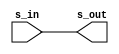
module ddr3_s4_amphy_phy_alt_mem_phy_delay (
    s_in,
    s_out
);
parameter WIDTH                        =  1;
parameter DELAY_PS                     =  10;
input  wire [WIDTH - 1 : 0]            s_in;
output reg  [WIDTH - 1 : 0]            s_out;
wire [WIDTH - 1 : 0] delayed_s_in;
assign #(DELAY_PS) delayed_s_in = s_in;
always @*
begin
    s_out = s_in;
    s_out = delayed_s_in;
end
endmodule